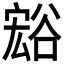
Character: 𲂙